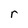
Character: r